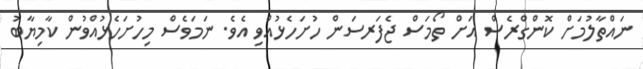
ނައްތާލުމަށް ކޮންގްރެސް އަށް ތޯމަސް ޖެފަރސަން ހުށަހެޅުއްވި އެވެ. ނަމަވެސް މިހުށަހެޅުއްވުން ކާމިޔާބު